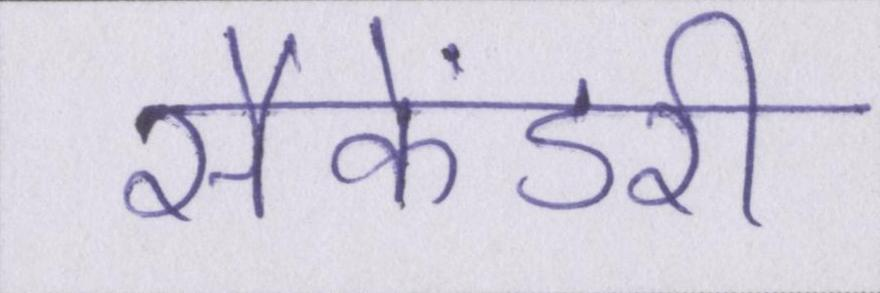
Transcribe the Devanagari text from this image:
सैकेंडरी